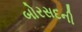
બોરસદની